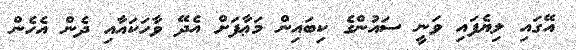
އޭގައި ލިޔެފައި ވަނީ ސައުންގެ ކިބައިން މަޢާފަށް އެދޭ ވާހަކައާއި ދެން އެހެން